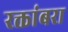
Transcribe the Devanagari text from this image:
रक्तांबरा